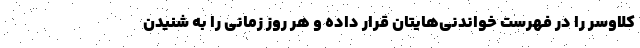
کلاوسر را در فهرست خواندنی‌هایتان قرار داده و هر روز زمانی را به شنیدن